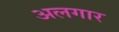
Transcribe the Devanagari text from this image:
अलगार